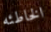
الخاطئه